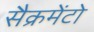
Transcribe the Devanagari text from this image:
सैक्रमेंटो